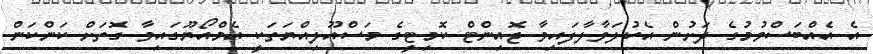
އެ އެއްބަސްވުމުގެ ދަށުން އެކުލަވާލާފައިވާ ޖޮއިންޓް ކޮމިޓީގެ މަސްއޫލިއްޔަތަކީ އެމްއޯޔޫގައިވާ ގޮތަށް ކަންކަން